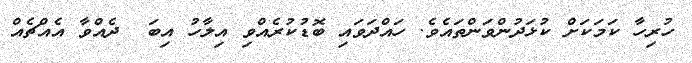
ހުރިހާ ކަމަކަށް ކުޅަދުންވަންތައެވެ. ހައްދަވައި ބޮޑުކުރެއްވި އިލާހު އިބަ  ދެއްވާ އެއްޗެއް